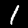
Label: 1